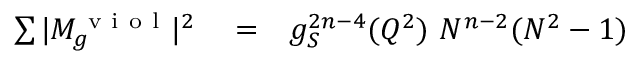
\begin{array} { r l r } { \sum \vert M _ { g } ^ { \mathrm { ~ v ~ i ~ o ~ l ~ } } \vert ^ { 2 } } & { { } = } & { g _ { S } ^ { 2 n - 4 } ( Q ^ { 2 } ) ~ N ^ { n - 2 } ( N ^ { 2 } - 1 ) } \end{array}